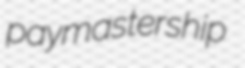
paymastership